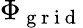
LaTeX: \Phi_{\mathrm{~g~r~i~d~}}